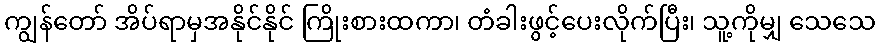
ကျွန်တော် အိပ်ရာမှအနိုင်နိုင် ကြိုးစားထကာ၊ တံခါးဖွင့်ပေးလိုက်ပြီး၊ သူ့ကိုမျှ သေသေ